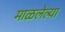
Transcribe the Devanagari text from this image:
माळलेल्या